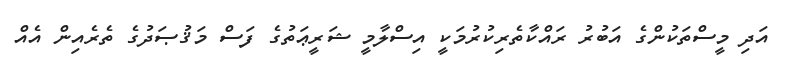
އަދި މީސްތަކުންގެ އަބުރު ރައްކާތެރިކުރުމަކީ އިސްލާމީ ޝަރީޢަތުގެ ފަސް މަޤުޞަދުގެ ތެރެއިން އެއް